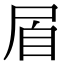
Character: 㞒